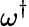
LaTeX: \omega^{\dagger}